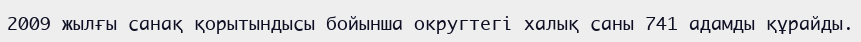
2009 жылғы санақ қорытындысы бойынша округтегі халық саны 741 адамды құрайды.